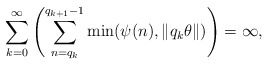
\begin{align*}\sum_{k=0}^{\infty}\left(\sum_{n=q_k}^{q_{k+1}-1}\min(\psi(n),\| q_k\theta\|)\right)=\infty,\end{align*}